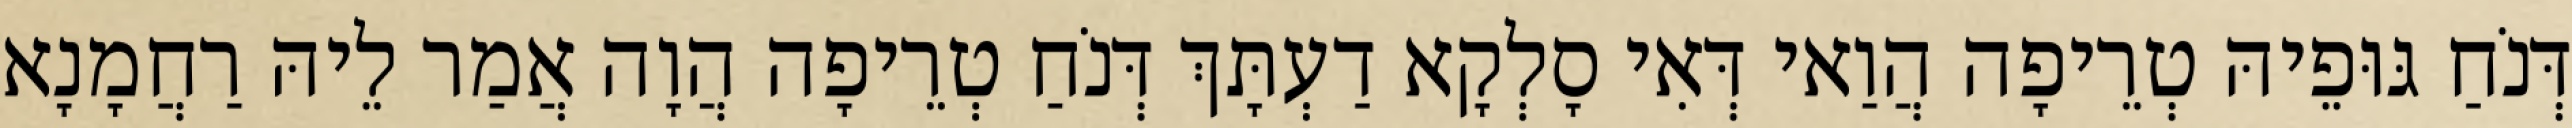
דְּנֹחַ גּוּפֵיהּ טְרֵיפָה הֲוַאי דְּאִי סָלְקָא דַעְתָּךְ דְּנֹחַ טְרֵיפָה הֲוָה אֲמַר לֵיהּ רַחֲמָנָא